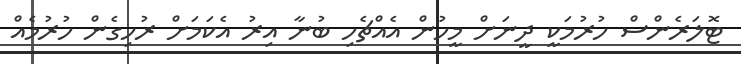
ޓޮލަރެންސް ހުރުމަކީ ދީނަށް މީހުން އެއްޗެހި ބުނާ އިރު އެކަމަށް ރުހިގެން ހުރުމެއް